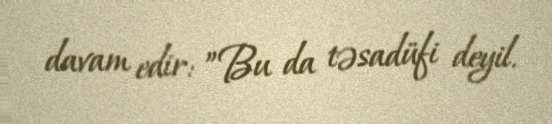
davam edir: ”Bu da təsadüfi deyil.